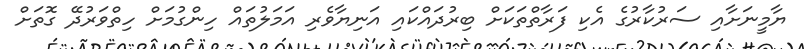
ޔާމީނަށާއި ސަރުކާރުގެ އެކި ފަރާތްތަކަށް ބިރުދައްކައި އަނިޔާވެރި އަމަލުތައް ހިންގުމަށް ހިތްވަރުދޭ ގޮތަށް